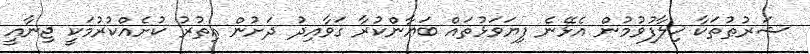
ޝަރުޠުތަކާ ޚިލާފުވުމުން އެޅޭނެ ފިޔަވަޅުތައް ބަޔާންކުރާ ގަވާއިދު ދަށުން އިތުރު ކުށެއްކުރުމަކީ ޖިނާއީ